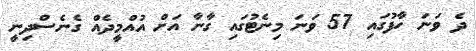
ދެ ވަނަ ހާފުގައި 57 ވަނަ މިނެޓުގައި ގާނާ އަށް އުއްމީދެއް ގެނެސްދިނީ